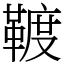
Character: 䩲